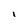
Character: i